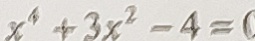
x ^ { 4 } + 3 x ^ { 2 } - 4 = 0